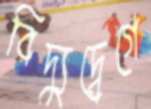
বিদ্যুদ্বেগে